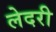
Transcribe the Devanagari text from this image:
लेदरी